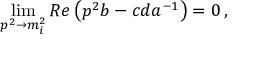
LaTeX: \operatorname * { l i m } _ { p ^ { 2 } \rightarrow m _ { i } ^ { 2 } } R e \left( p ^ { 2 } b - c d a ^ { - 1 } \right) = 0 \, ,